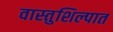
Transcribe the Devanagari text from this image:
वास्तुशिल्पात